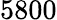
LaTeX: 5800